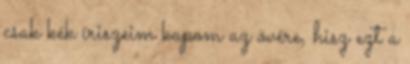
csak kék íriszeim kapom az övére, hisz ezt a